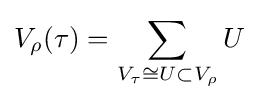
V_{\rho }(\tau )=\sum _{V_{\tau }\cong U\subset V_{\rho }}U